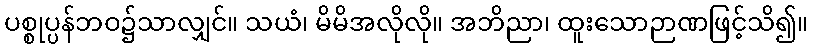
ပစ္စုပ္ပန်ဘဝ၌သာလျှင်။ သယံ၊ မိမိအလိုလို။ အဘိညာ၊ ထူးသောဉာဏဖြင့်သိ၍။